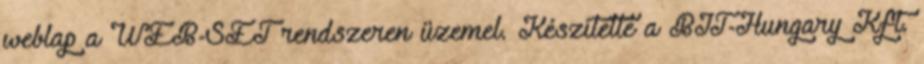
weblap a WEB-SET rendszeren üzemel. Készítette a BIT-Hungary Kft.